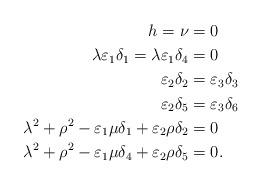
LaTeX: \begin{align*}h=\nu&=0\\\lambda\varepsilon_1\delta_1=\lambda\varepsilon_1\delta_4&=0\\\varepsilon_2\delta_2&=\varepsilon_3\delta_3\\\varepsilon_2\delta_5&=\varepsilon_3\delta_6\\\lambda^2+\rho^2-\varepsilon_1\mu\delta_1+\varepsilon_2\rho\delta_2&=0\\\lambda^2+\rho^2-\varepsilon_1\mu\delta_4+\varepsilon_2\rho\delta_5&=0.\end{align*}